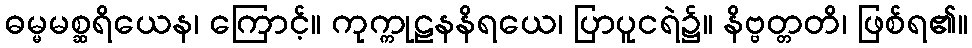
ဓမ္မမစ္ဆရိယေန၊ ကြောင့်။ ကုက္ကုဠနနိရယေ၊ ပြာပူငရဲ၌။ နိဗ္ဗတ္တတိ၊ ဖြစ်ရ၏။